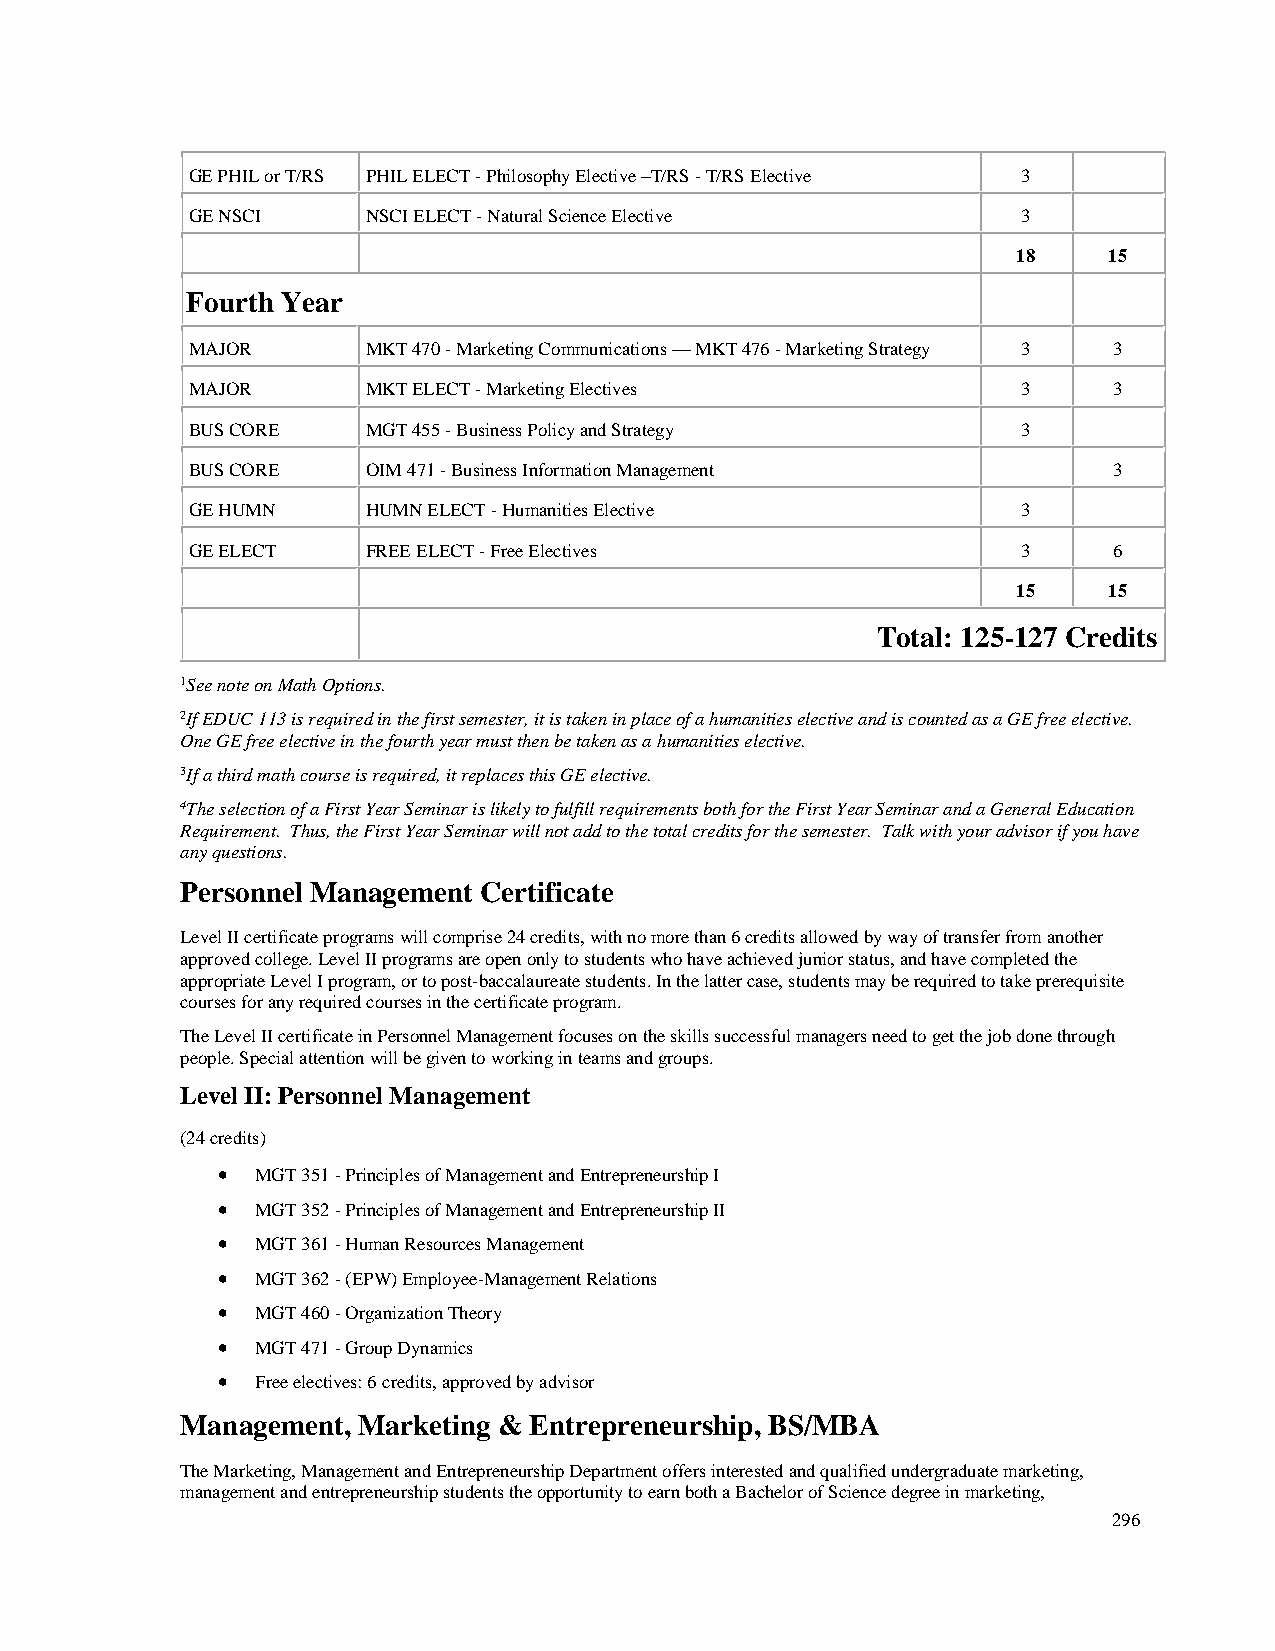
GE PHIL or T/RS PHIL ELECT - Philosophy Elective –T/RS - T/RS Elective 3
 GE NSCI     NSCI ELECT - Natural Science Elective       3
 18    15
 Fourth Year
 MAJOR       MKT 470 - Marketing Communications — MKT 476 - Marketing Strategy 3 3
 MAJOR       MKT ELECT - Marketing Electives             3     3
 BUS CORE    MGT 455 - Business Policy and Strategy      3
 BUS CORE    OIM 471 - Business Information Management         3
 GE HUMN     HUMN ELECT - Humanities Elective            3
 GE ELECT    FREE ELECT - Free Electives                 3     6
 15    15
 Total: 125-127 Credits
 1See note on Math Options.
 2If EDUC 113 is required in the first semester, it is taken in place of a humanities elective and is counted as a GE free elective.
 One GE free elective in the fourth year must then be taken as a humanities elective.
 3If a third math course is required, it replaces this GE elective.
 4The selection of a First Year Seminar is likely to fulfill requirements both for the First Year Seminar and a General Education
 Requirement. Thus, the First Year Seminar will not add to the total credits for the semester. Talk with your advisor if you have
 any questions.
 Personnel Management Certificate
 Level II certificate programs will comprise 24 credits, with no more than 6 credits allowed by way of transfer from another
 approved college. Level II programs are open only to students who have achieved junior status, and have completed the
 appropriate Level I program, or to post-baccalaureate students. In the latter case, students may be required to take prerequisite
 courses for any required courses in the certificate program.
 The Level II certificate in Personnel Management focuses on the skills successful managers need to get the job done through
 people. Special attention will be given to working in teams and groups.
 Level II: Personnel Management
 (24 credits)
 •  MGT 351 - Principles of Management and Entrepreneurship I
 •  MGT 352 - Principles of Management and Entrepreneurship II
 •  MGT 361 - Human Resources Management
 •  MGT 362 - (EPW) Employee-Management Relations
 •  MGT 460 - Organization Theory
 •  MGT 471 - Group Dynamics
 •  Free electives: 6 credits, approved by advisor
 Management, Marketing & Entrepreneurship, BS/MBA
 The Marketing, Management and Entrepreneurship Department offers interested and qualified undergraduate marketing,
 management and entrepreneurship students the opportunity to earn both a Bachelor of Science degree in marketing,
 296